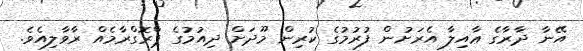
އޭނާ ދާރާގެ ޢާއިލާ އެރަށުން ފުރުމުގެ ކުރިން މޫދަށް ދިއުމުގެ ޕްރޮގްރާމެއް ރާވާލިއެވެ.